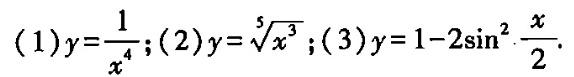
(1) $$y = \frac { 1 } { x ^ { 4 } }$$；(2) $$y = \sqrt [ 5 ] { x ^ { 3 } }$$；(3)$$y = 1 - 2 \sin ^ { 2 } \cdot \frac { x } { 2 }$$ .